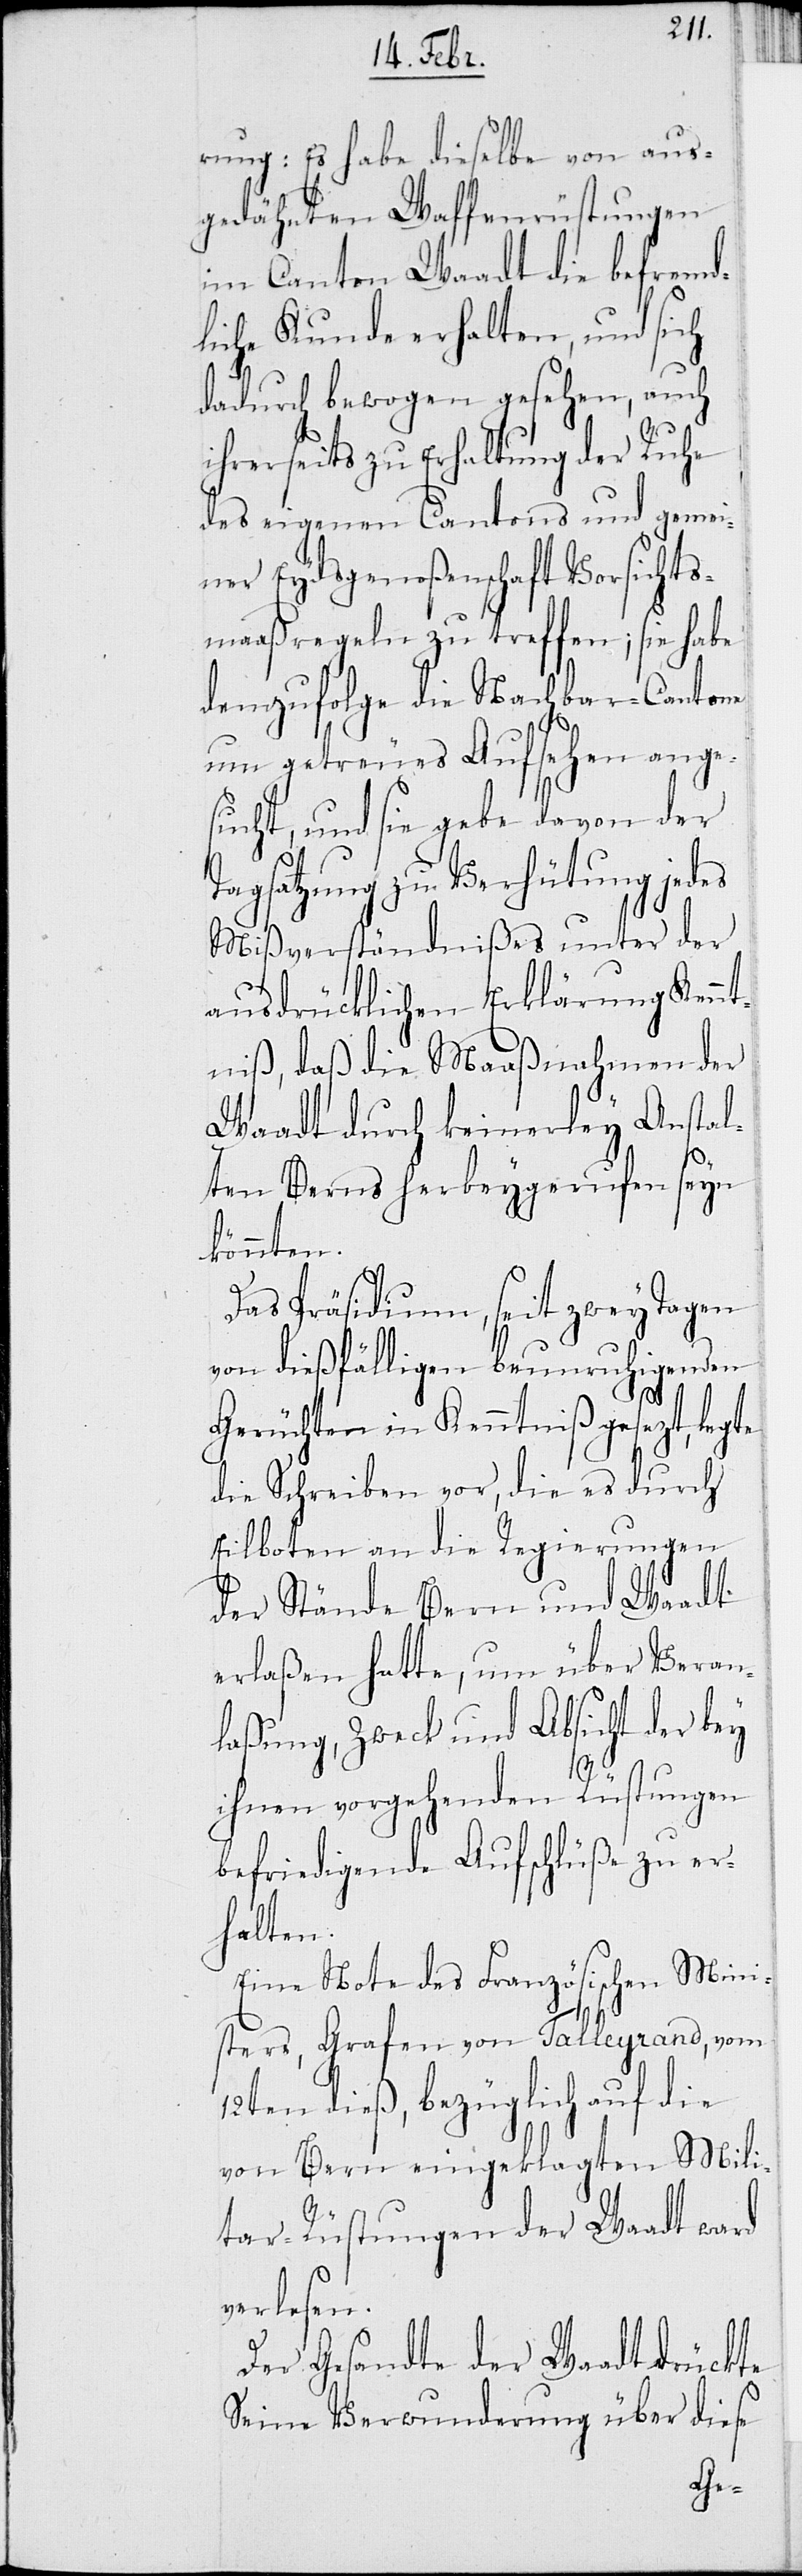
rung: Es habe dieselbe von aus¬
gedähnten Waffenrüstungen
im Canton Waadt die befremd¬
liche Kunde erhalten, und sich
dadurch bewogen gesehen, auch
ihrerseits zu Erhaltung der Ruhe
des eigenen Cantons und gemei¬
ner Eydsgenoßenschaft Vorsichts¬
maaßregeln zu treffen; sie habe
demzufolge die Nachbar-Cantone
um getreues Aufsehen ange¬
sucht, und sie gebe davon der
Tagsatzung zu Verhütung jedes
Mißverständnißes unter der
ausdrücklichen Erklärung Kennt¬
niß, daß die Maaßnahmen der
Waadt durch keinerley Anstal¬
ten Berns herbeygerufen seyn
könnten.
Das Präsidium, seit zwey Tagen
von dießfälligen beunruhigenden
Gerüchten in Kenntniß gesetzt, legte
die Schreiben vor, die es durch
Eilboten an die Regierungen
der Stände Bern und Waadt
erlaßen hatte, um über Veran¬
laßung, Zweck und Absicht der bey
ihnen vorgehenden Rüstungen
befriedigende Aufschlüße zu er¬
halten.
Eine Note des Französischen Mini¬
sters, Grafen von Talleyrand, vom
12ten dieß, bezüglich auf die
von Bern eingeklagten Mili¬
tar-Rüstungen der Waadt ward
verlesen.
Der Gesandte der Waadt drückte
Seine Verwunderung über diese